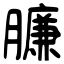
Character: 臁